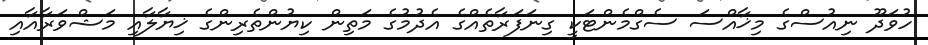
ހުވަދޫ ނިއުސްގެ މިޚާއްސަ ސެގްމެންޓަކީ ގިނަފަރާތެއްގެ އެދުމުގެ މަތިން ކިޔުންތެރިންގެ ޚިޔާލާއި މަޝްވަރާއާއި